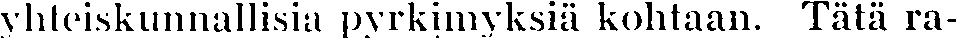
yhteiskunnallisia pyrkimyksiä kohtaan. Tätä ra-